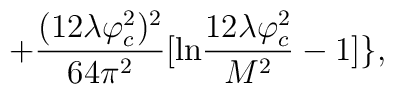
+ \frac{(12\lambda\varphi_{c}^{2})^{2}}{64\pi^{2}}[ {\rm ln}\frac{12\lambda\varphi_{c}^{2}}{M^{2}}-1] \},